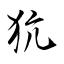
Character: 犺